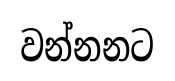
වන්නනට